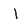
Character: l